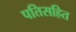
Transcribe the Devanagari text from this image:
पतिसहित